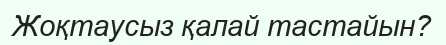
Жоқтаусыз қалай тастайын?